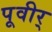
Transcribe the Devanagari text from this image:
पूवीर्